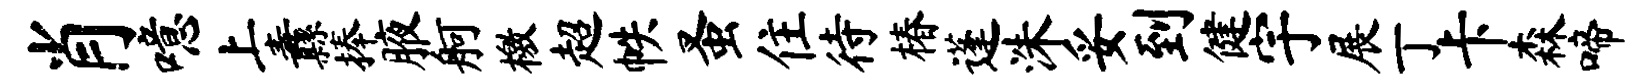
肖噫上纛捧腋舸檄超帙蚤住待椿蓬洙妥到健宇展丁卡森啼